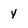
Character: Y